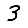
Digit: 3